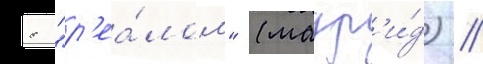
с "р'еа́лом" (мадр'и́д) /